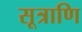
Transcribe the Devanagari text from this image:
सूत्राणि